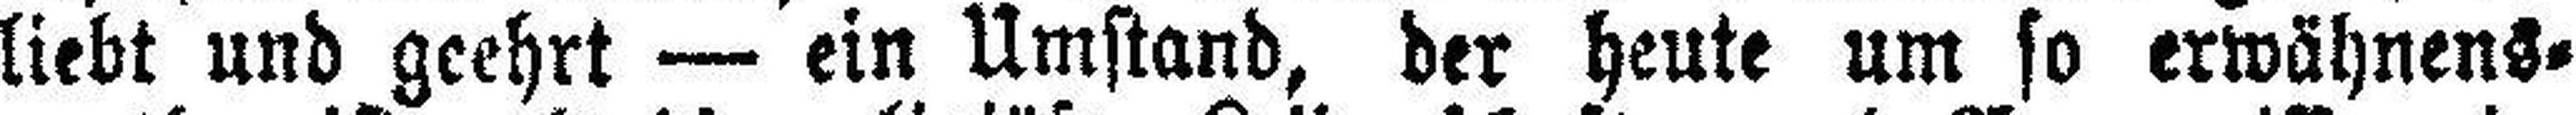
liebt und geehrt — ein Umstand, der heute um so erwähnens¬